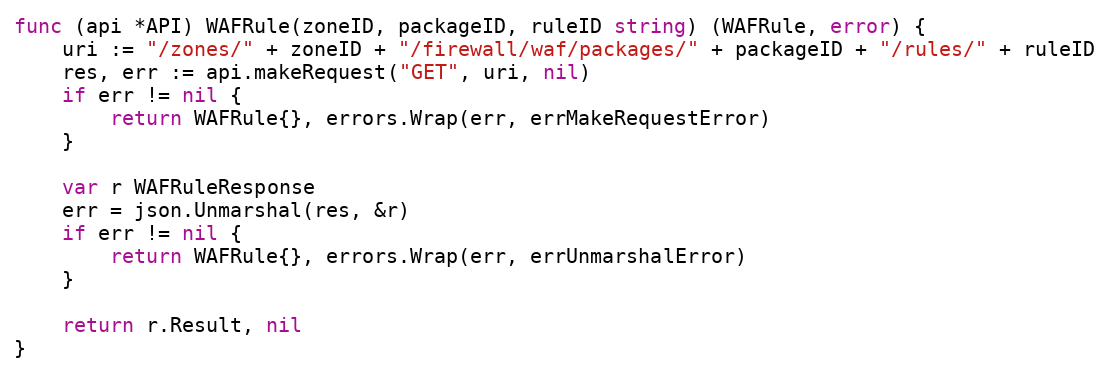
Language: Go
func (api *API) WAFRule(zoneID, packageID, ruleID string) (WAFRule, error) {
	uri := "/zones/" + zoneID + "/firewall/waf/packages/" + packageID + "/rules/" + ruleID
	res, err := api.makeRequest("GET", uri, nil)
	if err != nil {
		return WAFRule{}, errors.Wrap(err, errMakeRequestError)
	}

	var r WAFRuleResponse
	err = json.Unmarshal(res, &r)
	if err != nil {
		return WAFRule{}, errors.Wrap(err, errUnmarshalError)
	}

	return r.Result, nil
}